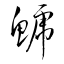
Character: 鯱